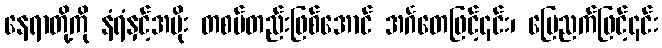
နေရာတို့ကို နံရံနှင့်အမိုး တစပ်တည်းဖြစ်အောင် အင်္ဂတေဖြင့်၎င်း၊ မြေညက်ဖြင့်၎င်း